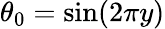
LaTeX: \theta_{0}=\sin(2\pi y)